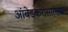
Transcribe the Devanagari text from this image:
आंबेडकरांसारख्या